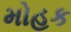
મોહક